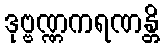
ဒုဗ္ဗဏ္ဏကရဏန္တိ